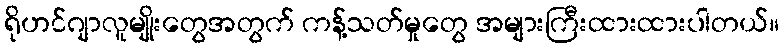
ရိုဟင်ဂျာလူမျိုးတွေအတွက် ကန့်သတ်မှုတွေ အများကြီးထားထားပါတယ်။